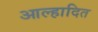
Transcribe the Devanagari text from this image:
आल्हादित